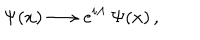
LaTeX: \Psi ( x ) \longrightarrow e ^ { i \Lambda } \, \Psi ( x ) \, ,